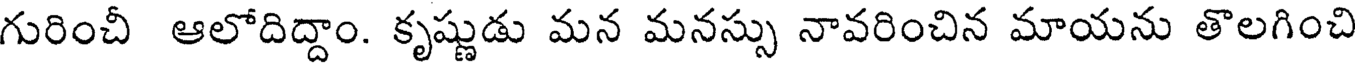
గురించీ ఆలోదిద్దాం. కృష్ణుడు మన మనస్సు నావరించిన మాయను తొలగించి